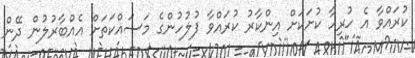
ކުރައްވާ އެ ހުރިހާ ކުށަކަށް އިންކާރު ކުރައްވާ ފުލުހުންގެ މަސައްކަތަށް އެއްބާރުލުން ދޭން